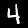
Label: 4